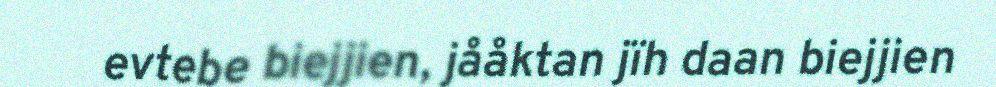
evtebe biejjien, jååktan jïh daan biejjien